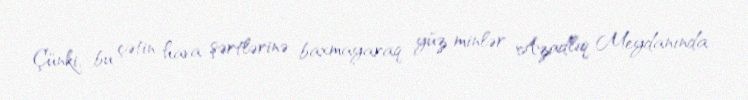
Çünki, bu çətin hava şərtlərinə baxmayaraq yüz minlər Azadlıq Meydanında